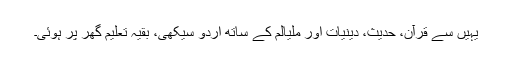
یہیں سے قرآن، حدیث، دینیات اور ملیالم کے ساتھ اُردو سیکھی، بقیہ تعلیم گھر پر ہوئی۔